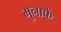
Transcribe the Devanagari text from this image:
मुनाफें